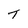
Character: T